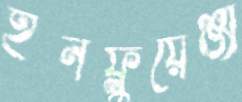
ইনফ্লুয়েঞ্জা